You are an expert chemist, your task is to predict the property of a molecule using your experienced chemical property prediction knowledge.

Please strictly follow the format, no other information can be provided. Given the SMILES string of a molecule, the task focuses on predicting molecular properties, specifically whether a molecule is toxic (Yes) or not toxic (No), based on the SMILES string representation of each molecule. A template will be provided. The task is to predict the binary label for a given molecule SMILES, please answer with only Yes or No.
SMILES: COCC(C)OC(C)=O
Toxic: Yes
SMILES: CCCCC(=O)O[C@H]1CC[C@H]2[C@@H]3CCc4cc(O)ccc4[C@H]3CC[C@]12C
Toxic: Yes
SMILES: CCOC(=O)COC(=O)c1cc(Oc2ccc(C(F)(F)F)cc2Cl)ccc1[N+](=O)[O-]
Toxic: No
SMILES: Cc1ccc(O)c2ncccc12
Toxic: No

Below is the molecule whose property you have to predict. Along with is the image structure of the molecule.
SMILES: C=Cc1ccc(S(=O)(=O)[O-])cc1
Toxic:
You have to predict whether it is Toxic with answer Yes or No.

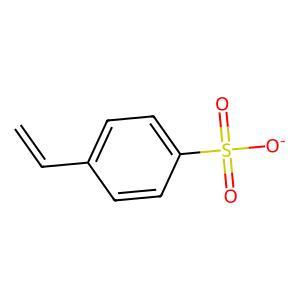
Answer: No